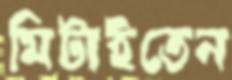
মিটাইতেন